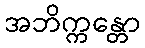
အဘိက္ကန္တော